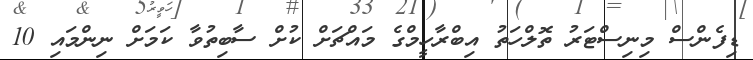
ޑިފެންސް މިނިސްޓަރު ތޮލްހަތު އިބްރާހީމްގެ މައްޗަށް ކުށް ސާބިތުވާ ކަމަށް ނިންމައި 10